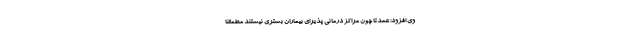
وی افزود: عمدتا چون مراکز درمانی پذیرای بیماران بستری نیستند مطمئنا